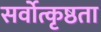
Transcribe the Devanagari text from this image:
सर्वोत्कृष्ठता